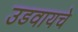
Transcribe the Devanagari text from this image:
उडवायचे